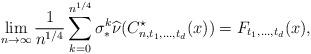
LaTeX: \begin{align*}\lim_{n\to\infty} \frac{1}{n^{1/4}} \sum_{k=0}^{n^{1/4}} \sigma_\ast^k \widehat{\nu}(C_{n,t_1, \ldots, t_d}^{\star}(x)) =F_{t_1,\ldots,t_d}(x),\end{align*}